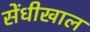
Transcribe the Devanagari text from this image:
सेंधीखाल